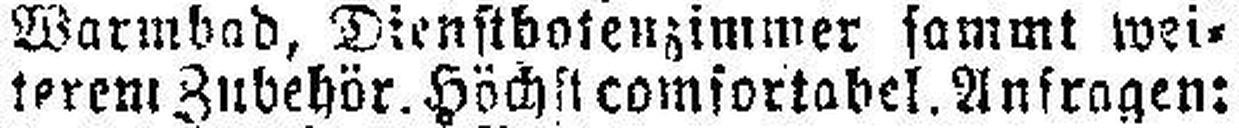
terem Zubehör Höchstcomfortabel. Anfragen: